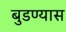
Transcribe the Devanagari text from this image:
बुडण्यास